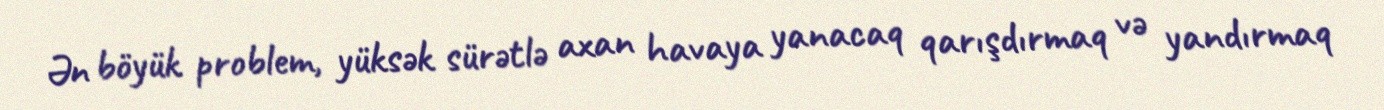
Ən böyük problem, yüksək sürətlə axan havaya yanacaq qarışdırmaq və yandırmaq